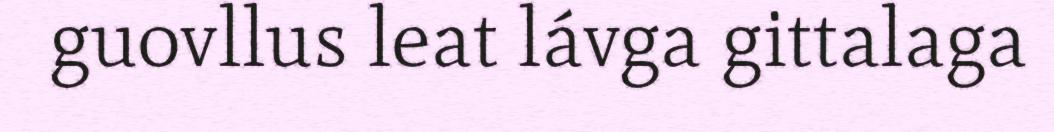
guovllus leat lávga gittalaga